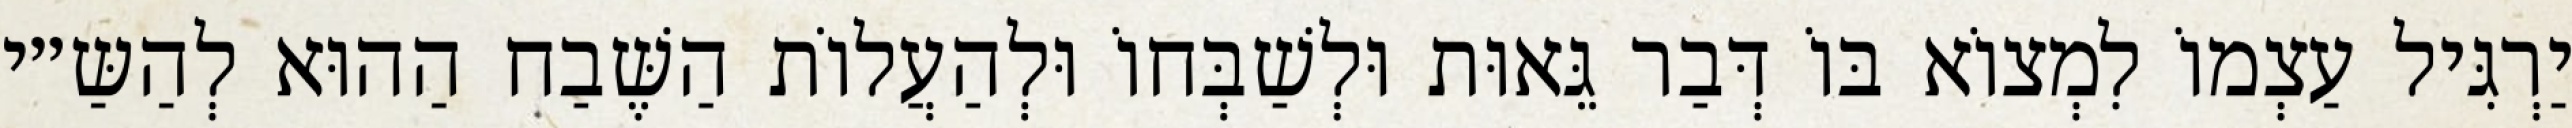
יַרְגִּיל עַצְמוֹ לִמְצוֹא בּוֹ דְּבַר גֵּאוּת וּלְשַׁבְּחוֹ וּלְהַעֲלוֹת הַשֶּׁבַח הַהוּא לְהַשַּ״י